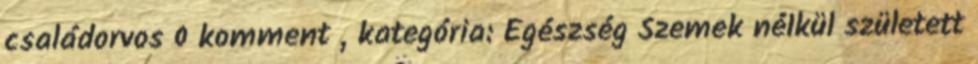
családorvos 0 komment , kategória: Egészség Szemek nélkül született